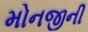
મોનજીની